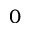
0